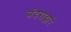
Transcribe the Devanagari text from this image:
बंदराद्वारे